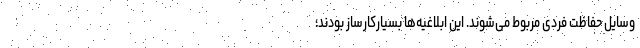
وسایل حفاظت فردی مربوط می‌شوند. این ابلاغیه‌ها بسیارکارساز بودند؛